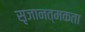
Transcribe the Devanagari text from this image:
सृजानत्मकता